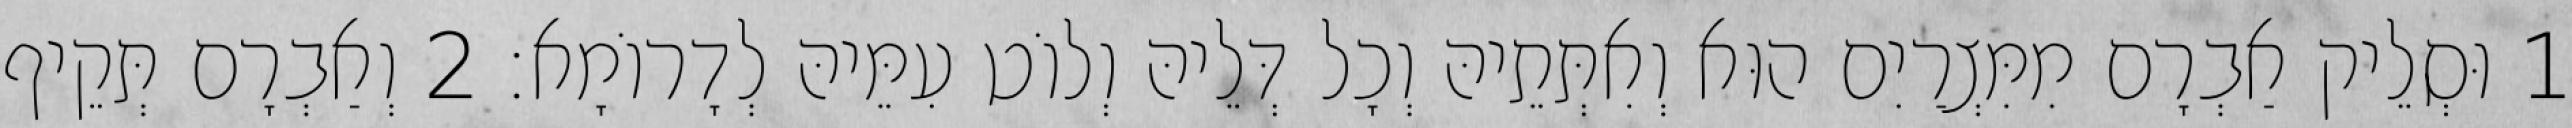
1 וּסְלֵיק אַבְרָם מִמִּצְרַיִם הוּא וְאִתְּתֵיהּ וְכָל דְּלֵיהּ וְלוֹט עִמֵּיהּ לְדָרוֹמָא׃ 2 וְאַבְרָם תְּקֵיף